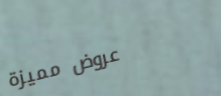
عروض مميزة